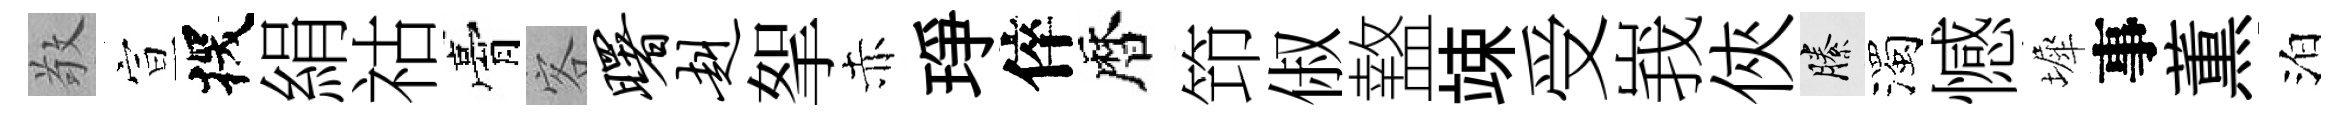
敬宣探絹祜膏客曙赳挐赤琤倅暦笻俶盩竦受峩俠縢濁憾墀事薫泊